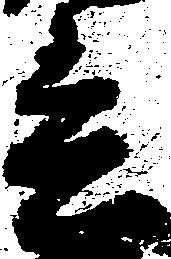
春